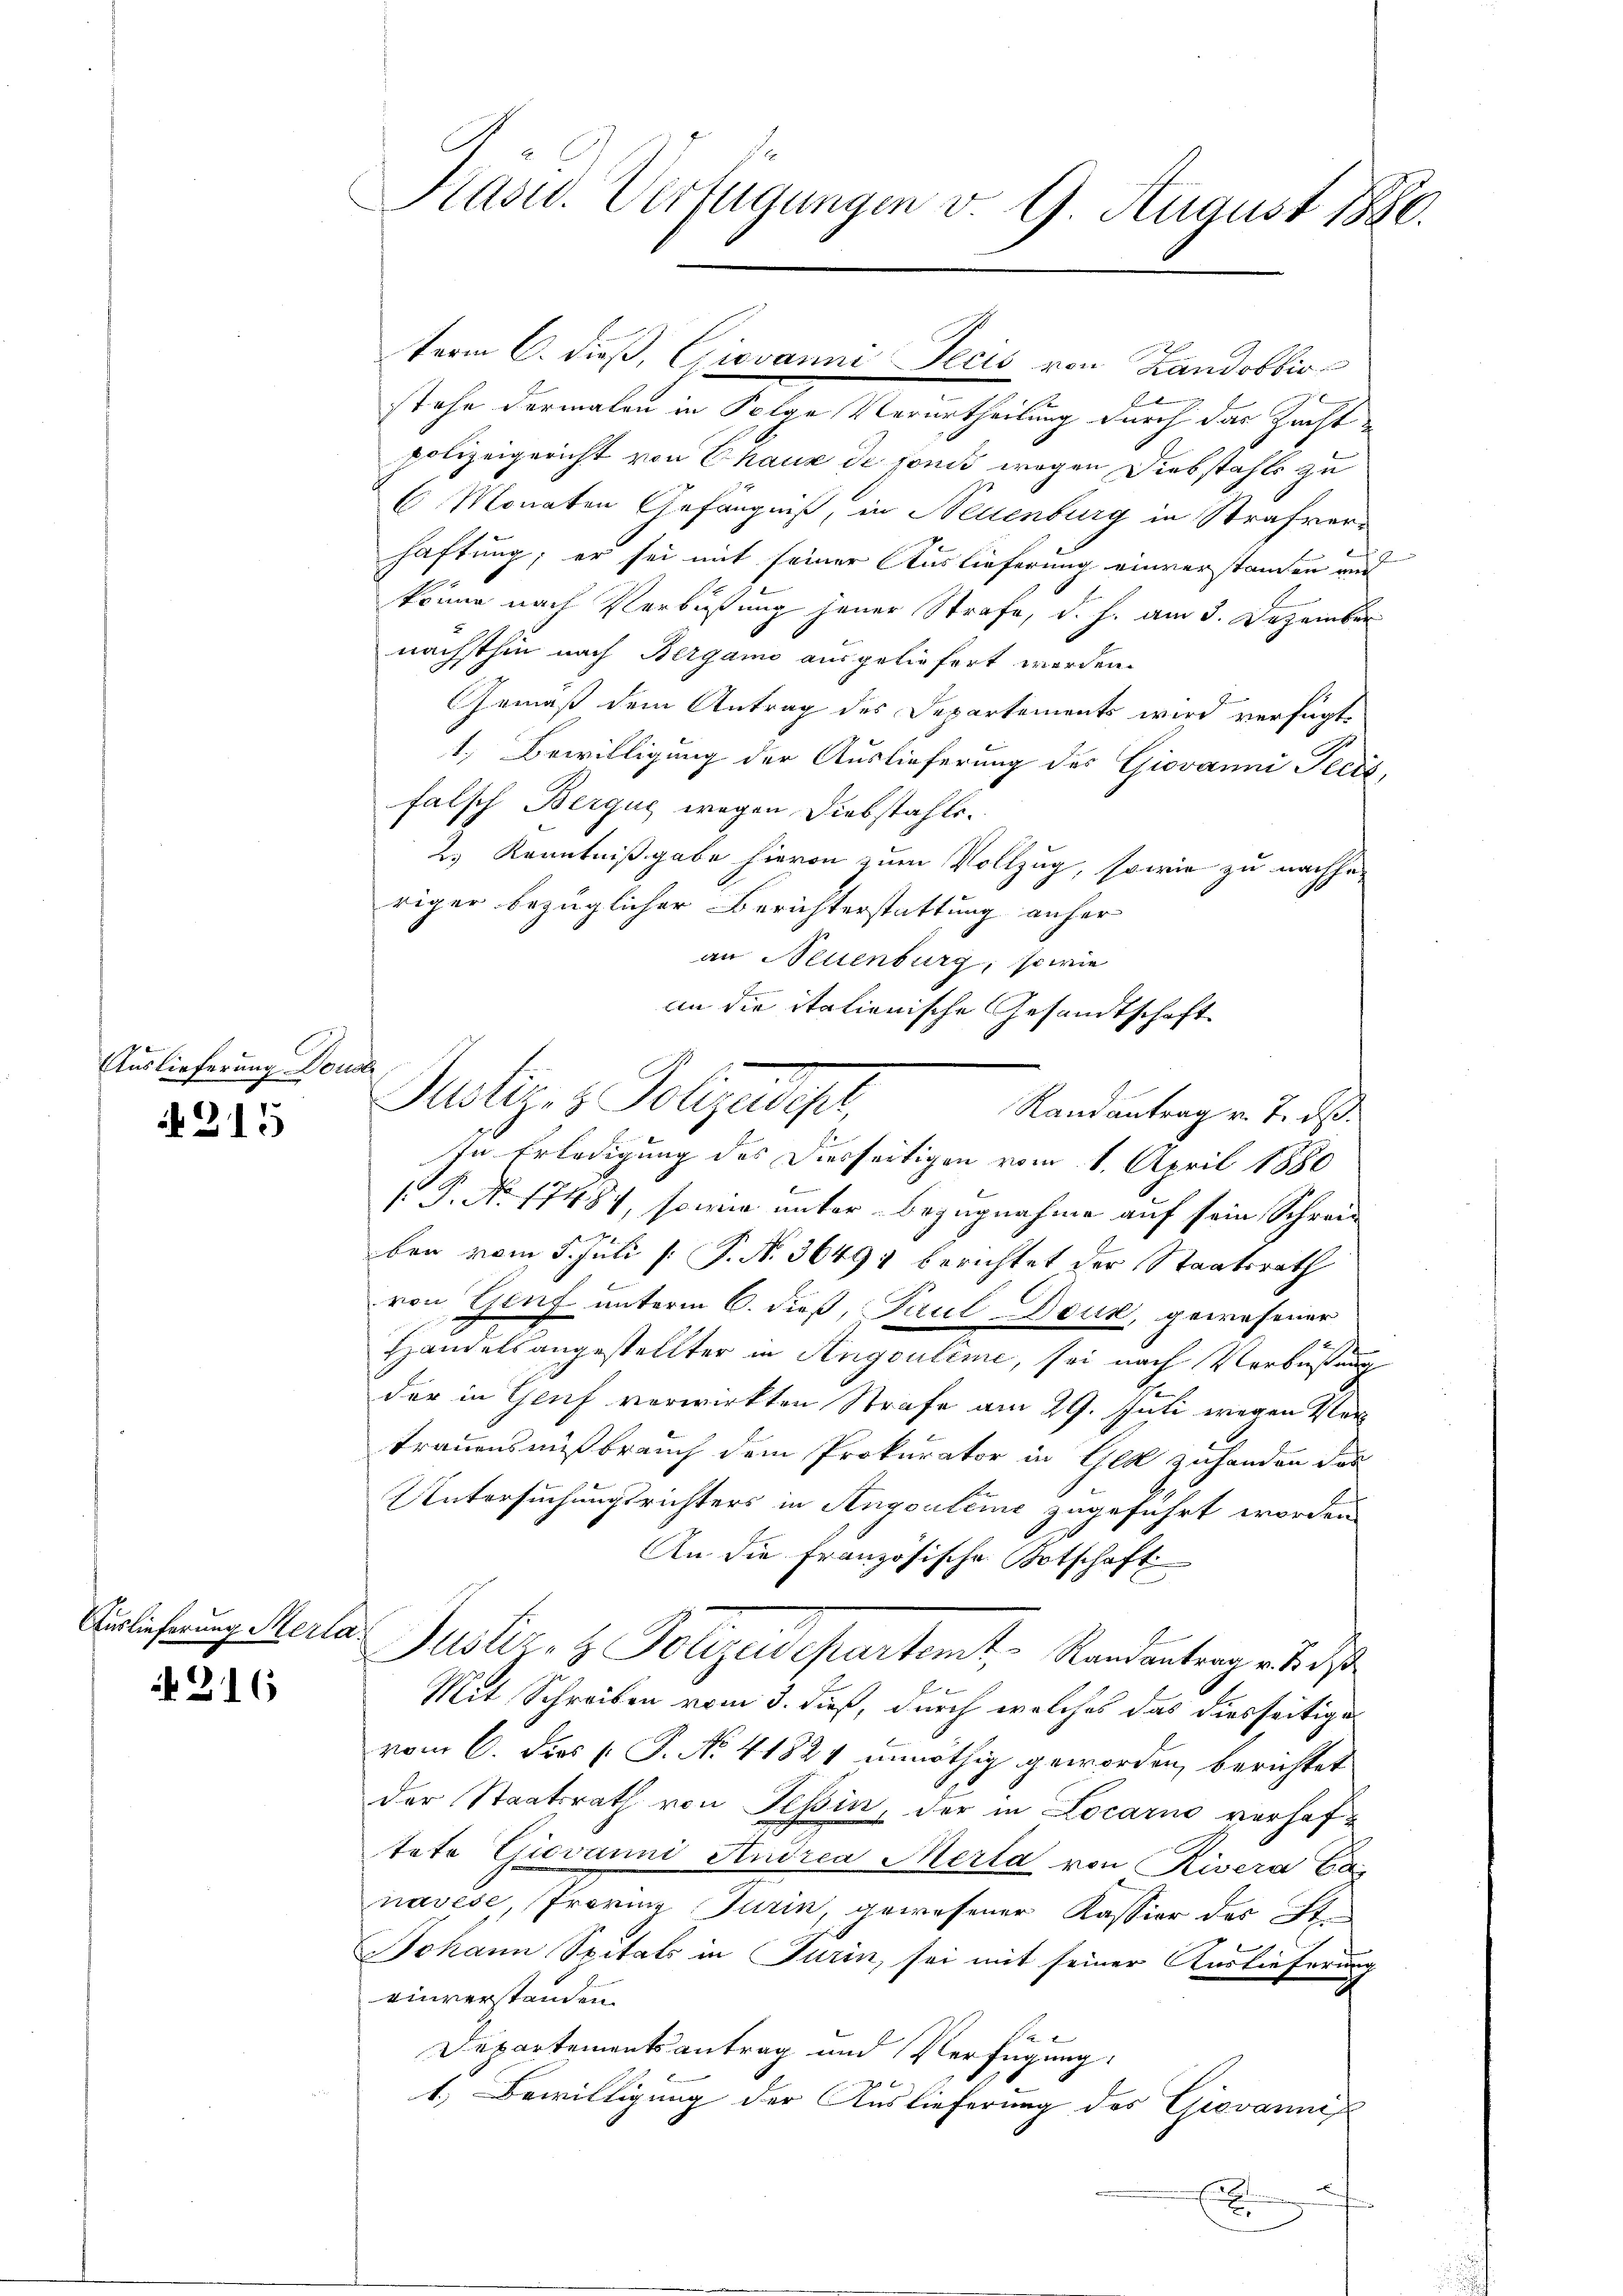
Auslieferung Doustr

215

Auslieferung Merla

216

.
Kasw. Verfügungen v. 9. August 1880.

term 6. dieß, Giovanni Decis von Landobbio
stehe dermalen in Polze Meiertheilung durch der Just
polizeigericht von Chaux de fonds wegen Diebstahls zu
E Monaten Gefängniß, in Neuenburg in Strafverhaftung; er sei mit seiner Auslieferung einverstanden aus
könne nach Verbüßung jener Strafe, d. h. am 3. Dezember
nächsthin nach Bergamo ausgeliefert werden.
Gemäß dem Antrag des Departements wird verfügt,
1. Bewilligung der Auslieferung des Giovanni Pecis,
falsch Bergus wegen Diebstahls.
2.) Kenntnißgabe hievon zum Vollzug, sowie zu nachhe
riger bezüglicher Berichterstattung anher
an Neuenburg, sowie
an die italienische Gesandtschaft
Justiz- & Polizeister,
Randantrag v. 7. ds.
In Erledigung des Diesseitigen vom 1. April 1880
b
 P. Nr. 17487, sowie unter Bezugnahme auf sein Schreiben vom 5. Juli [ P. N. 36494 berichtet der Staatsrath
von Genf unterm 6. dieß, Paul Druk, gewesener
Handelsangestellter in Angouleme, sei nach Verbüßung
der in Genf verwirkten Strafe am 29. Juli wegen Vertrauensmißbrauch dem Prokurator in Ged zuhanden das
Untersuchungsrichters in Angouleme zugeführt worden
An die Französische Botschaft
Justiz- & Polizeisepartemt, Randantrag v. 3. d
f
Mit Schreiben vom 3. dieß, durch welches das diesseitige
vom 6. dies [ P. No 41821 unnöthig geworden, berichtet
der Staatsrath von Tessin, der in Locarno verhaftete Giovanni Andrea Merla von Rivera Ca-
navese, Provinz Turin, gewesener Kassion des St.
Johann Spitals in Turin, sei mit seiner Auslieferung
einverstanden.
e
Departementsantrag und Verfügung
1.) Bewilligung der Auslieferung des Giovannis
zechen
E